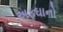
અફઘાનો